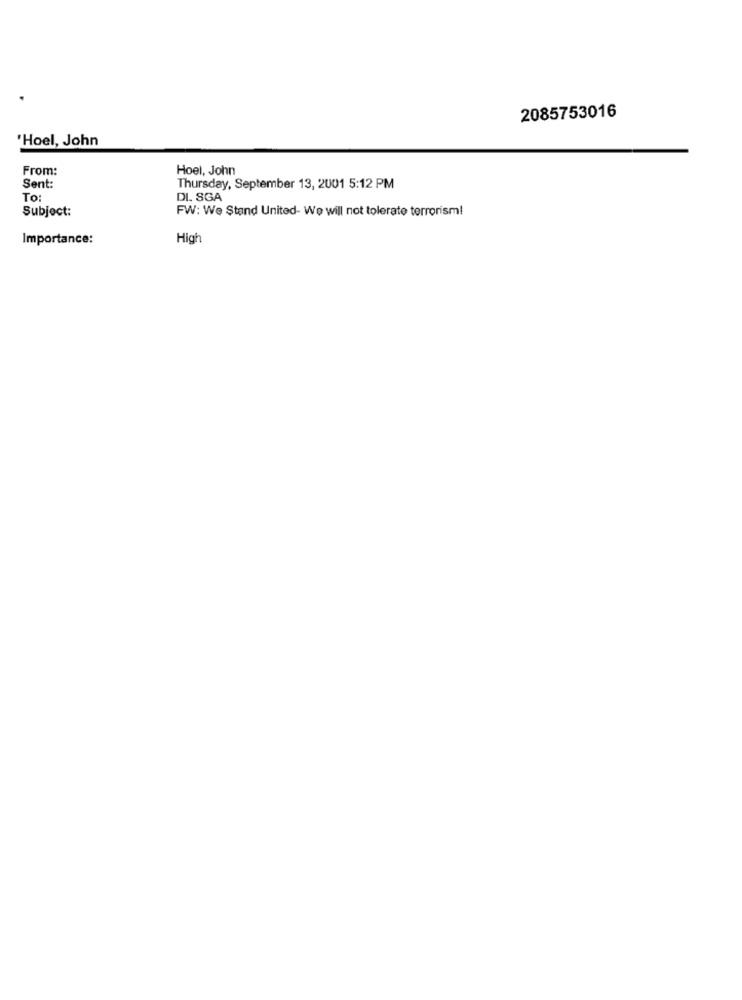
2085753016
'Hoel, John
From:
Hoel, John
Sent:
Thursday, September 13, 2001 5:12 PM
To:
DI. SGA
Subject:
FW: We Stand United- We will not tolerate terrorism!
Importance:
High